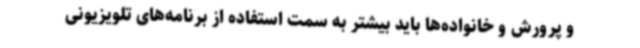
و پرورش و خانواده‌ها باید بیشتر به سمت استفاده از برنامه‌های تلویزیونی